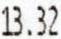
13.32